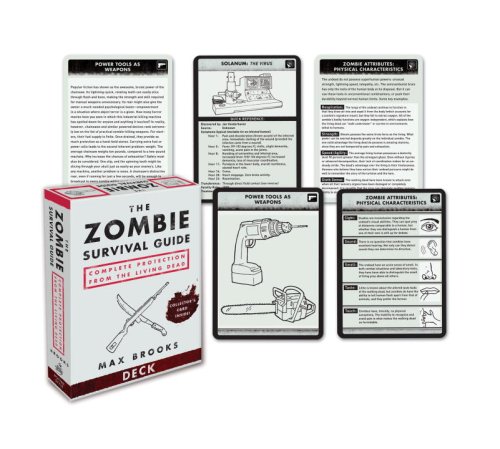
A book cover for The Zombie Survival Guide Deck: Complete Protection from the Living Dead; Max Brooks; Humor & Entertainment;